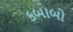
કબાબો